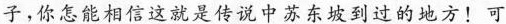
子，你怎能相信这就是传说中苏东坡到过的地方！可